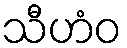
သီဟံဝ